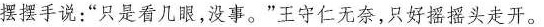
摆摆手说：”只是看几眼，没事。”王守仁无奈，只好摇摇头走开。"